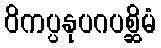
ဝိကပ္ပနုပဂပစ္ဆိမံ